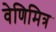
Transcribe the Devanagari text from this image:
वेणिमित्र